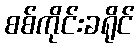
စစ်ကိုင်းခရိုင်